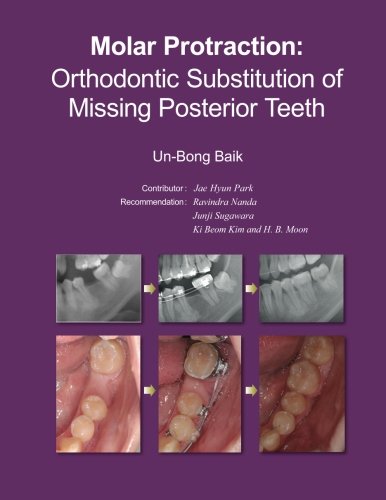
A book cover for Molar Protraction:: Orthodontic Substitution of Missing Posterior Teeth; Un-Bong Baik; Medical Books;